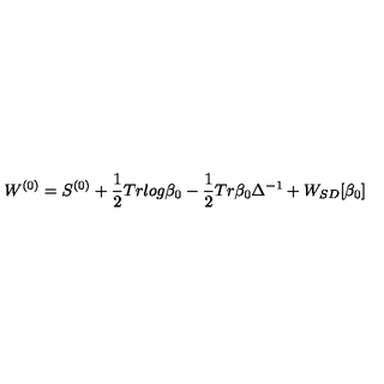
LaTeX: W ^ { ( 0 ) } = S ^ { ( 0 ) } + \frac { 1 } { 2 } T r l o g \beta _ { 0 } - \frac { 1 } { 2 } T r \beta _ { 0 } \Delta ^ { - 1 } + W _ { S D } [ \beta _ { 0 } ]